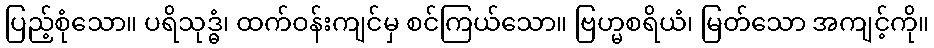
ပြည့်စုံသော။ ပရိသုဒ္ဓံ၊ ထက်ဝန်းကျင်မှ စင်ကြယ်သော။ ဗြဟ္မစရိယံ၊ မြတ်သော အကျင့်ကို။